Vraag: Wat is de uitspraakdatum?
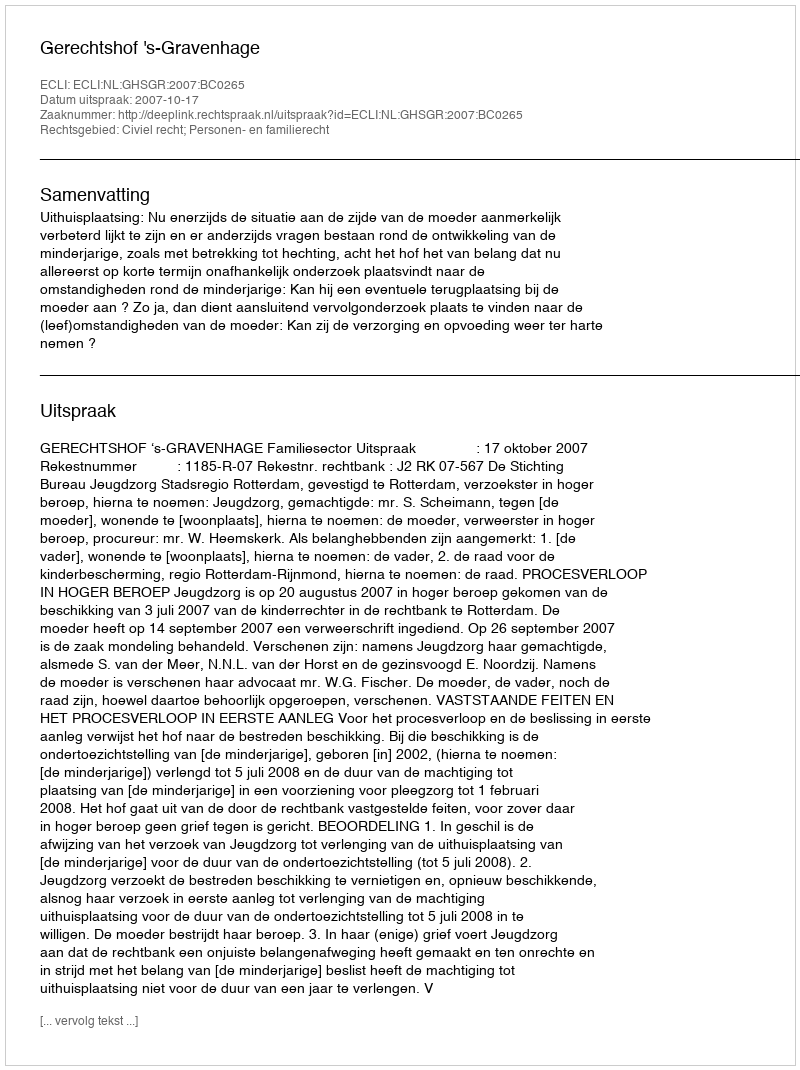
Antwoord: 2007-10-17